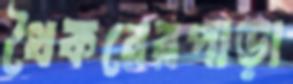
থৈকরেরপাড়া